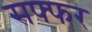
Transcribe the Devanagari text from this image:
सफ्फर